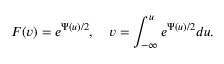
F ( v ) = e ^ { \Psi ( u ) / 2 } , \quad v = \int _ { - \infty } ^ { u } e ^ { \Psi ( u ) / 2 } d u .